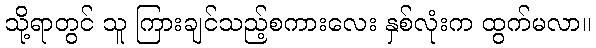
သို့ရာတွင် သူ ကြားချင်သည့်စကားလေး နှစ်လုံးက ထွက်မလာ။